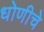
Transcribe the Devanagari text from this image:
धोणीचे